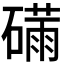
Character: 𮁆